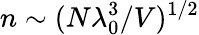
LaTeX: n\sim(N\lambda_{0}^{3}/V)^{1/2}